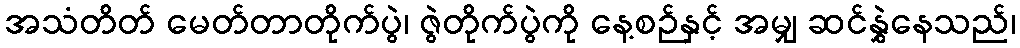
အသံတိတ် မေတ်တာတိုက်ပွဲ၊ ဇွဲတိုက်ပွဲကို နေ့စဉ်နှင့် အမျှ ဆင်နွှဲနေသည်၊